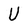
Character: U